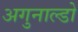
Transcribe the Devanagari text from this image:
अगुनाल्डो